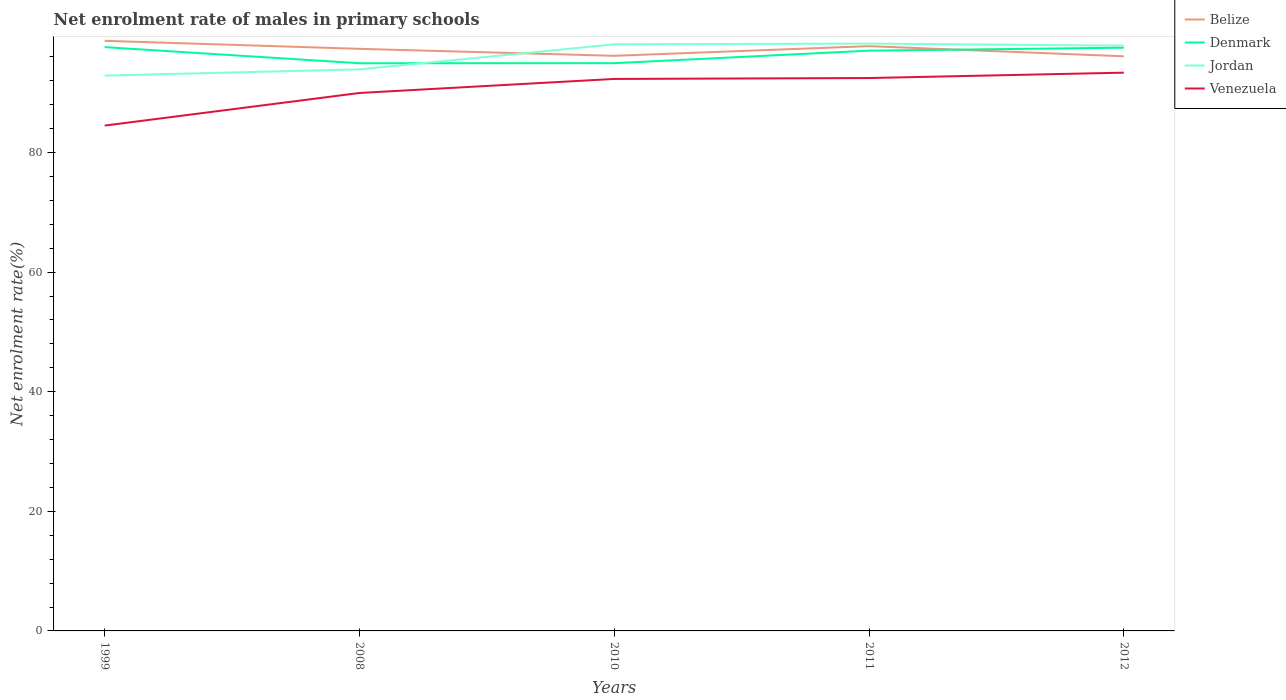
| Years | Belize | Denmark | Jordan | Venezuela |
 | --- | --- | --- | --- | --- |
 | 1999 | 98.7 | 97.6 | 92.9 | 84.5 |
 | 2008 | 97.3 | 94.9 | 93.9 | 90 |
 | 2010 | 96.2 | 94.9 | 98.1 | 92.3 |
 | 2011 | 97.8 | 97 | 98.2 | 92.5 |
 | 2012 | 96.1 | 97.5 | 97.9 | 93.4 |